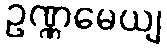
ဥဏ္ဏမေယျ